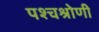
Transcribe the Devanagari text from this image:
पश्चश्रोणी